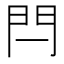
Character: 閂